Medical and sanitary report of the native army of Bengal for the year
Year: 1876
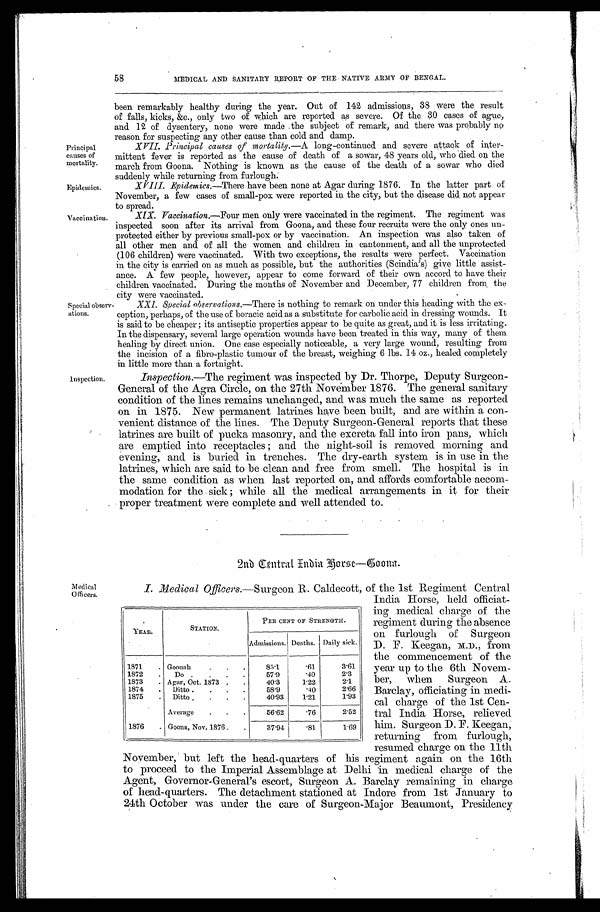
Principal
causes of
mortality.
Epidemics.
Vaccination.
58
MEDICAL AND SANITARY REPORT OF THE NATIVE ARMY OF BENGAL.
been remarkably healthy during the year. Out of 142 admissions, 38 were the result
of falls, kicks, &c., only two of which are reported as severe. Of the 30 cases of ague,
and 12 of dysentery, none were made the subject of remark, and there was probably no
reason for suspecting any other cause than cold and damp.
XVII. Principal causes of mortality.—A long-continued and severe attack of inter
- m i t t e n t f e v e r i s r e p o r t e d a s t h e c a u s e o f d e a t h o f a s o w a r , 4 8 y e a r s o l d , w h o d i e d o n t h e
march from Goona. Nothing is known as the cause of the death of a sowar who died
suddenly while returning from furlough.
XVIII. Epidemics.—There have been none at Agar during 1876. In the latter part of
November, a few cases of small-pox were reported in the city, but the disease did not appear
to spread.
XIX. Vaccination.—Four men only were vaccinated in the regiment. The regiment was
inspected soon after its arrival from Goona, and these four recruits were the only ones un--
protected either by previous small-pox or by vaccination. An inspection was also taken of
all other men and of all the women and children in cantonment, and all the unprotected
(106 children) were vaccinated. With two exceptions, the results were perfect. Vaccination
in the city is carried on as much as possible, but the authorities (Scindia's) give little assist--
ance. A few people, however, appear to come forward of their own accord to have their
children vaccinated. During the months of November and December, 77 children from the
city were vaccinated.
Special observ-
ations.
Inspection.
XXI. Special observations. —There is nothing to remark on under this heading with the ex-
ception, perhaps, of the use of boracic acid as a substitute for carbolic acid in dressing wounds. It
is said to be cheaper ; its antiseptic properties appear to be quite as great, and it is less irritating.
In the dispensary, several large operation wounds have been treated in this way, many of them
healing by direct union. One case especially noticeable, a very large wound, resulting from
the incision of a fibro-plastic tumour of the breast, weighing 6 lbs. 14 oz., healed completely
in little more than a fortnight.
Inspection.—The regiment was inspected by Dr. Thorpe, Deputy Surgeon
-General of the Agra Circle, on the 27th November 1876. The general sanitary
condition of the lines remains unchanged, and was much the same as reported
on in 1875. New permanent latrines have been built, and are within a con
-venient distance of the lines. The Deputy Surgeon-General reports that these
latrines are built of pucka masonry, and the excreta fall into iron pans, which
are emptied into receptacles ; and the night-soil is removed morning and
evening, and is buried in trenches. The dry-earth system is in use in the
latrines, which are said to be clean and free from smell. The hospital is in
the same condition as when last reported on, and affords comfortable accom
-modation for the sick ; while all the medical arrangements in it for their
proper treatment were complete and well attended to.
2nd Central India Horse—Goona.
Medical
Officers.
I. Medical Officers.—Surgeon R. Caldecott, of the 1st Regiment Central
India Horse, held officiat -
ing medical charge of the
regiment during the absence
on furlough of Surgeon
D. F. Keegan, M.D., from
the commencement of the
year up to the 6th Novem -
ber, when Surgeon A.
Barclay, officiating in medi -
cal charge of the 1st Cen -
tral India Horse, relieved
him. Surgeon D. F. Keegan,
returning from furlough,
resumed charge on the 11th
November, but left the head-quarters of his regiment again on the 16th
to proceed to the Imperial Assemblage at Delhi in medical charge of the
Agent, Governor-General's escort, Surgeon A. Barclay remaining in charge
of head-quarters. The detachment stationed at Indore from 1st January to
24th October was under the care of Surgeon-Major Beaumont, Presidency
YEAR.
STATION.
PER CENT OF STRENGTH.
Admissions. Deaths. Daily sick.
1871 . . . Goonah . . .
85.1
.61
3.61
1872 . . .
Do . . .
57.9
.40
2.3
1873 . . .
40.3
1.22
2.1
Agar, Oct. 1873 . . .
1874 . . .
2.66
Ditto . . . .
58.9
.40
1875 . . .
40.93
1.21
1.93
Ditto .
. . .
Average . . .
56.62
.76
2.52
1876 . . . Goona, Nov. 1876 . . . .
37.94 .81
1.69